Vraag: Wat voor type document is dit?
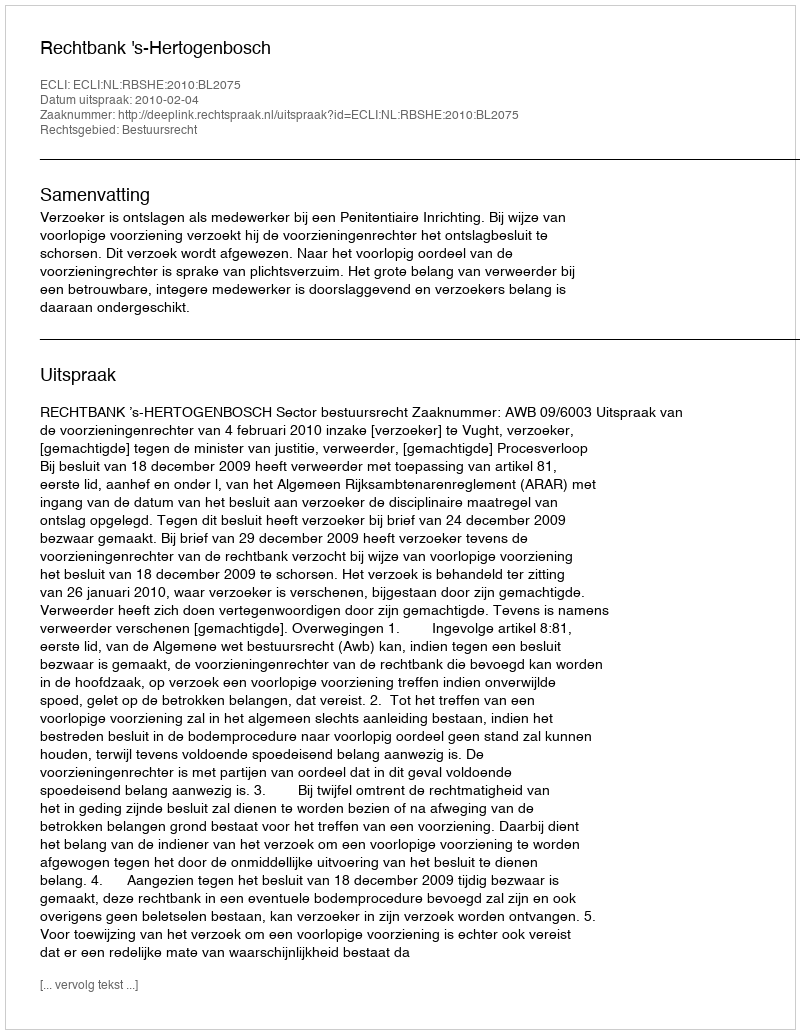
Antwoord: Uitspraak